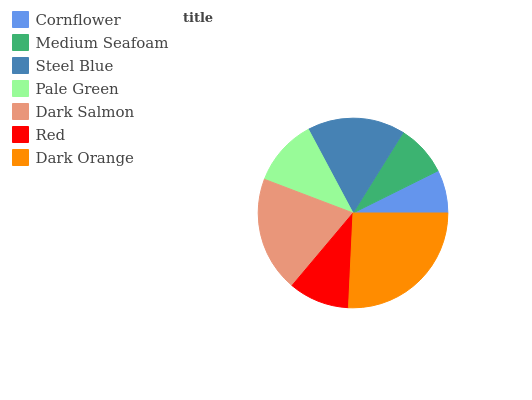
| Cornflower | Medium Seafoam | Steel Blue | Pale Green | Dark Salmon | Red | Dark Orange |
 | --- | --- | --- | --- | --- | --- | --- |
 | 7.33% | 8.79% | 16.7% | 11.4% | 19.7% | 10.4% | 25.7% |